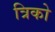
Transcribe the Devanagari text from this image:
त्रिको